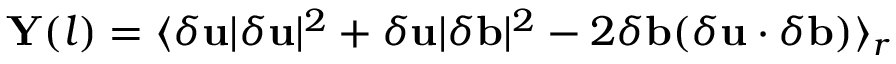
\mathbf { Y } ( \boldsymbol { l } ) = \langle \delta \mathbf { u } \lvert \delta \mathbf { u } \rvert ^ { 2 } + \delta \mathbf { u } \lvert \delta \mathbf { b } \rvert ^ { 2 } - 2 \delta \mathbf { b } ( \delta \mathbf { u } \cdot \delta \mathbf { b } ) \rangle _ { r }